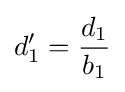
d'_{1}={\frac {d_{1}}{b_{1}}}